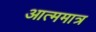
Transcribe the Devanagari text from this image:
आत्ममात्र